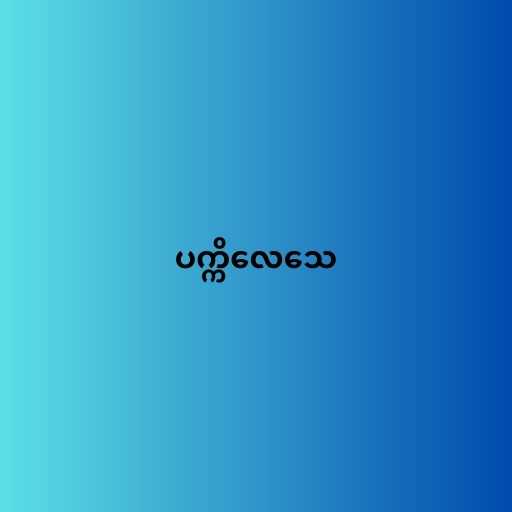
ပက္ကိလေသေ